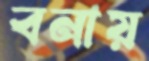
বনায়